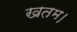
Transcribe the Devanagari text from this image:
खतम।